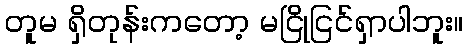
တူမ ရှိတုန်းကတော့ မငြိုငြင်ရှာပါဘူး။